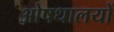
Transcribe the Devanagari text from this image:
ओषधालयों